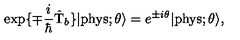
\exp \{ \mp \frac { i } { \hbar } \hat { \mathrm { T } } _ { b } \} | \mathrm { p h y s } ; \theta \rangle = e ^ { \pm i \theta } | \mathrm { p h y s } ; \theta \rangle ,